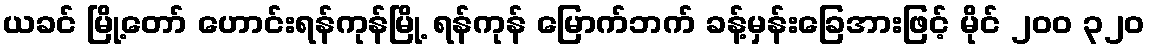
ယခင် မြို့တော် ဟောင်းရန်ကုန်မြို့ ရန်ကုန် မြောက်ဘက် ခန့်မှန်းခြေအားဖြင့် မိုင် ၂၀၀ ၃၂၀